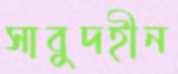
সাবুদহীন